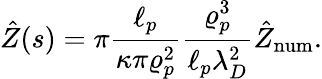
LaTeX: \hat{Z}(s)=\pi\frac{\ell_{p}}{\kappa\pi\varrho_{p}^{2}}\frac{\varrho_{p}^{3}}{\ell_{p}\lambda_{D}^{2}}\hat{Z}_{\mathrm{num}}.